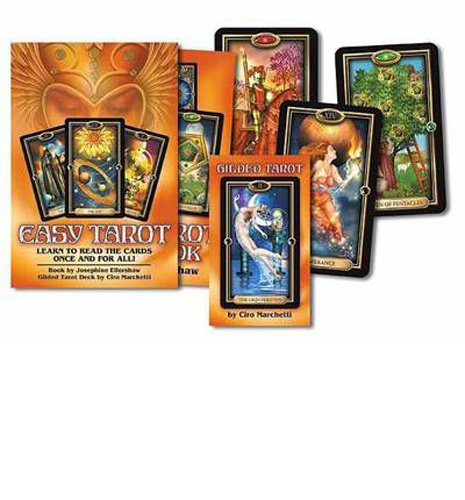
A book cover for Easy Tarot: Learn to Read the Cards Once and For All!; Ciro Marchetti; Religion & Spirituality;